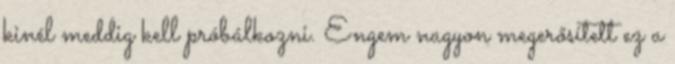
kinél meddig kell próbálkozni. Engem nagyon megerősített ez a